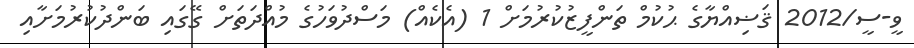
ވީ-ސީ/2012 ޤަޟިއްޔާގެ ޙުކުމް ތަންފީޒުކުރުމަށް 1 (އެކެއް) މަސްދުވަހުގެ މުއްދަތަށް ގޭގައި ބަންދުކުރުމަށާއި